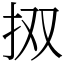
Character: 㧐